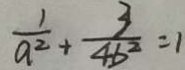
\frac { 1 } { a ^ { 2 } } + \frac { 3 } { 4 b ^ { 2 } } = 1